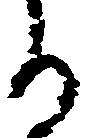
る